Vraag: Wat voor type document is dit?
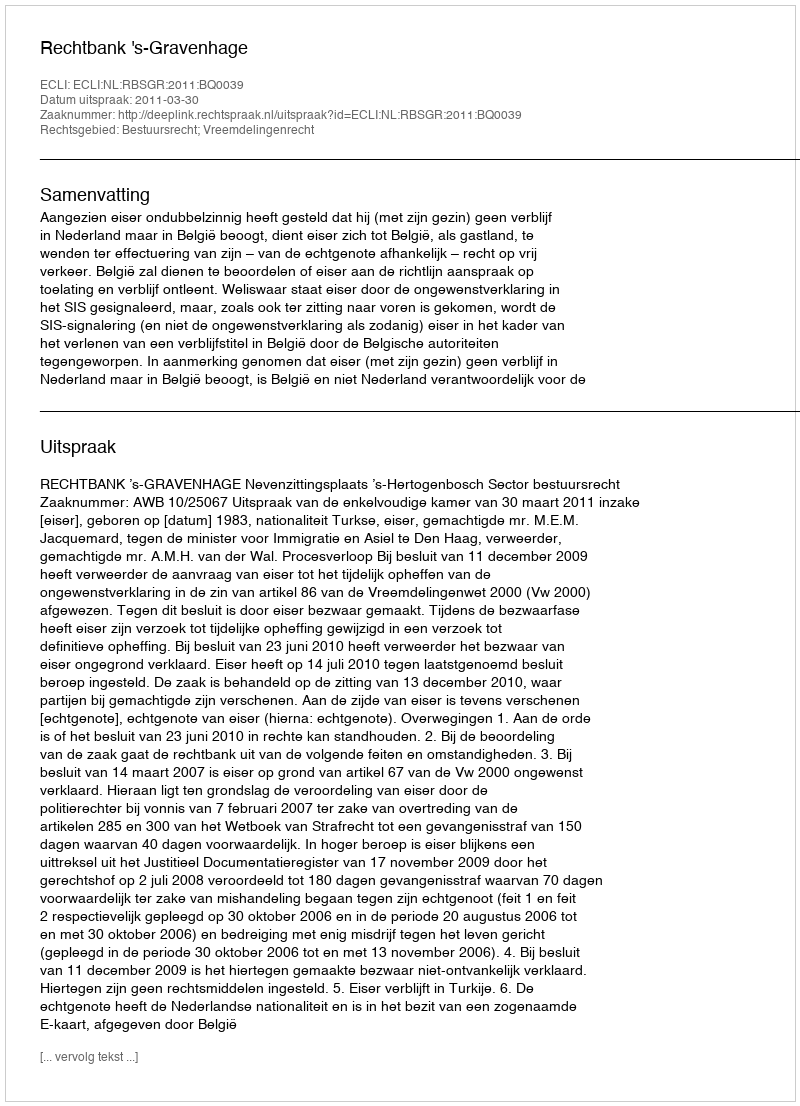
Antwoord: Uitspraak